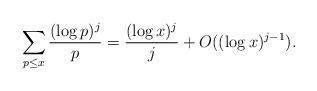
LaTeX: \begin{align*}\sum_{p\le x} \frac {(\log p)^j}{p} = \frac {(\log x)^j}{j} + O((\log x)^{j-1}).\end{align*}